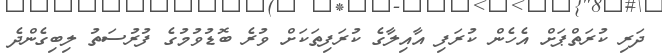
ދަރި ކުރަތްޕަށް އެހެން ކުރަފި އާއިލާގެ ކުރަފިތަކަށް ވުރެ ބޮޑުވުމުގެ ފުރުސަތު ލިބިގެންދެ